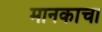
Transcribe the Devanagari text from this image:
मानकाचा